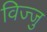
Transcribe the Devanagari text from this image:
विज्जु